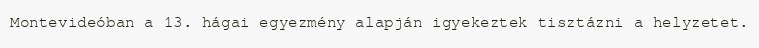
Montevideóban a 13. hágai egyezmény alapján igyekeztek tisztázni a helyzetet.